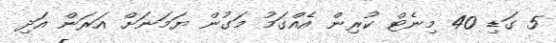
5 ގަޑި 40 މިނެޓް ކުރިން އެއްގަމު މަގުން ޔަމަނަށް އަރަން އަދި